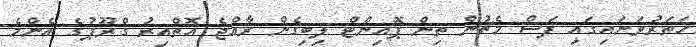
ހަތަރުވަނައިގައި ފަސް މެޗުން ތިން ޕޮއިންޓް ލިބިގެން ރާއްޖެ އޮތްއިރު ގްރޫޕުގެ އެންމެ